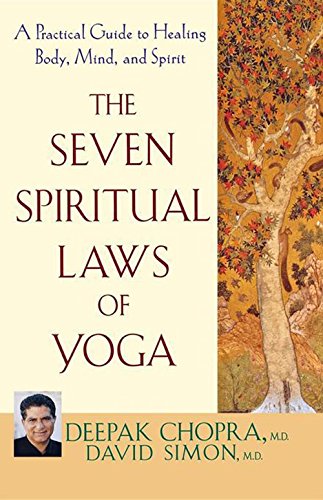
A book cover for The Seven Spiritual Laws of Yoga: A Practical Guide to Healing Body, Mind, and Spirit; Deepak Chopra; Religion & Spirituality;